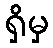
ရှိမှ